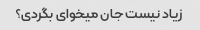
زیاد نیست جان میخوای بگردی؟